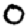
Digit: 0